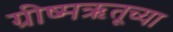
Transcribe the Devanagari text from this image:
ग्रीष्मऋतूच्या